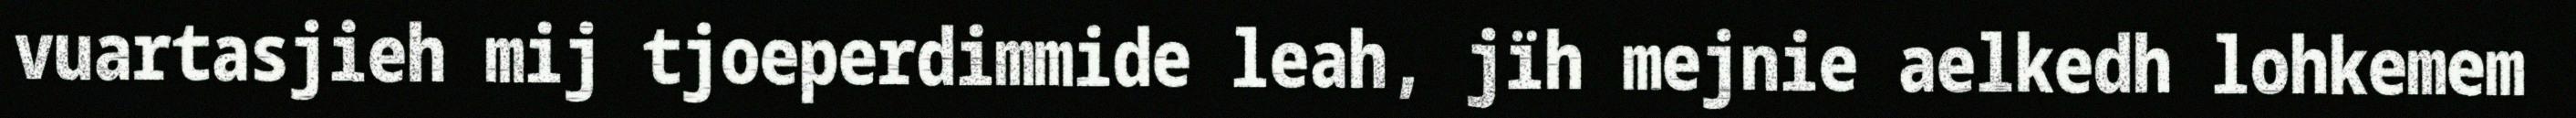
vuartasjieh mij tjoeperdimmide leah, jïh mejnie aelkedh lohkemem